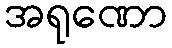
အရုဏော